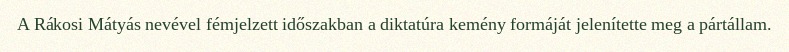
A Rákosi Mátyás nevével fémjelzett időszakban a diktatúra kemény formáját jelenítette meg a pártállam.